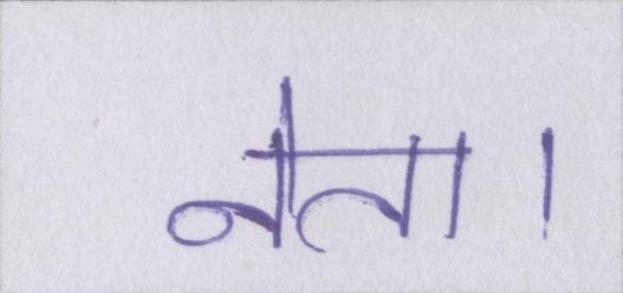
नेता।